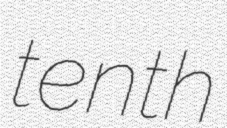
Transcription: tenth